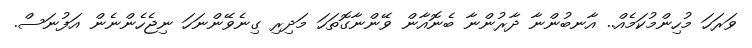
ވަރަހަ މުހިންމުކަމެއް.. އާނބުންނާ ދާރުންނާ ބެނޮއާން ވޭންނާގޮތަހަ މަދިރި ގިނެވޭންނަހަ ނިޖެހެންނެން އަފުނަސް.